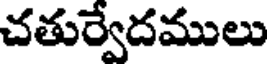
చతుర్వేదములు